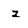
Character: z